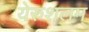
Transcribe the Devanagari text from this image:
येरुशलम्